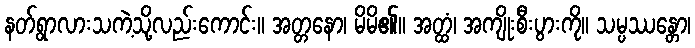
နတ်ရွာလားသကဲ့သို့လည်းကောင်း။ အတ္တနော၊ မိမိ၏။ အတ္ထံ၊ အကျိုးစီးပွားကို။ သမ္ပဿန္တော၊